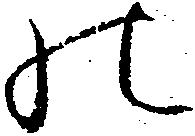
の